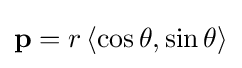
\mathbf {p} =r\left\langle \cos {\theta },\sin {\theta }\right\rangle